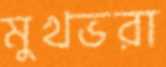
মুখভরা